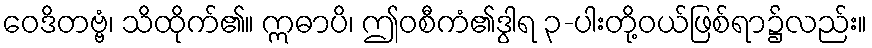
ဝေဒိတဗ္ဗံ၊ သိထိုက်၏။ ဣဓာပိ၊ ဤဝစီကံ၏ဒွါရ ၃-ပါးတို့ဝယ်ဖြစ်ရာ၌လည်း။